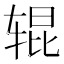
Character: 辊